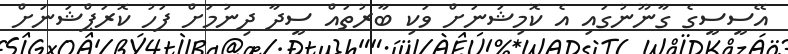
އޭސީސީގެ ގާނޫނުގައި އެ ކޮމިޝަނަށް ވަކި ބާރުތައް ސީދާ ދިނުމަށް ފަހު ކޮރަޕްޝަނަށް